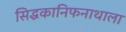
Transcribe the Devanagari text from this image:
सिद्धकानिफनाथाला